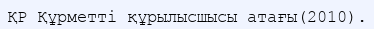
ҚР Құрметті құрылысшысы атағы(2010).